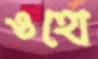
ওহো